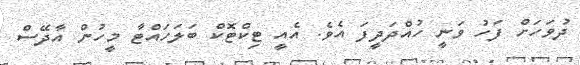
ދުވަހަށް ފަހު ވަނީ ހުއްދަދީފަ އެވެ. އެއީ ޓިކްޓޮކް ބަލަހައްޓާ މީހުން އާދޭސް